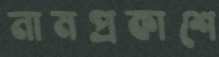
নামপ্রকাশে